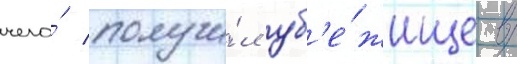
чего́ получи́л уб'е́жище в